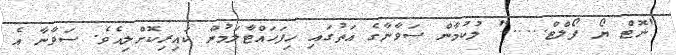
"ނޮޓް ޔޯ ފޯލްޓް....." ލުކުމާން ސަވާނާގެ އަތުގައި ހިފަހައްޓާލަމުން ކައިރިކޮށްލިއެވެ. ސަވާނާ އެ